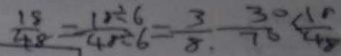
\frac { 1 8 } { 4 8 } = \frac { 1 0 \div 6 } { 4 8 \div 6 } = \frac { 3 } { 8 } , \frac { 3 0 } { 7 6 } < \frac { 1 } { 4 8 }